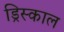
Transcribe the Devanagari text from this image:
ड्रिस्काल